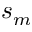
s _ { m }